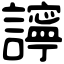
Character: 𧭈